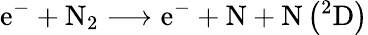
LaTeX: \mathrm{e}^{-}+\mathrm{N}_{2}\longrightarrow\mathrm{e}^{-}+\mathrm{N}+\mathrm{N}\left({}^{2}\mathrm{D}\right)